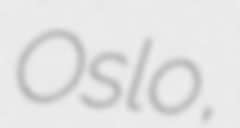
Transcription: Oslo,